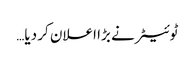
ٹوئیٹر نے بڑا اعلان کر دیا…